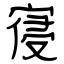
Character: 寑